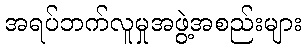
အရပ်ဘက်လူမှုအဖွဲ့အစည်းများ